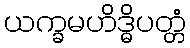
ယက္ခမဟိဒ္ဓိပတ္တံ